system: You are a helpful assistant.
user:
Analyze the provided spectrum to determine if it is a **M-type Giant (gM)**.

A M-type Giant spectrum is defined by its **strong molecular absorption** features, particularly from **Titanium Oxide (TiO)**. You must check for one of the following mutually exclusive signatures:

- **Key Visual Indicators (Absorption-Dominated Spectrum):**

    - **(Primary):** The spectrum is dominated by strong molecular absorption from **Titanium Oxide (TiO)**. This is the **defining feature** of its M-type temperature class.
        - **(Key Bandheads):** Look for sharp, "saw-tooth" absorption valleys. The strongest are located near **~7050 Å**, **~6160 Å**, and **~5170 Å**.
        - **(Line Profile):** The "saw-tooth" morphology is critical: a **sharp, steep drop on the BLUE (short-wavelength) side** of the bandhead, followed by a gradual recovery (rising flux) towards the RED (long-wavelength) side.

    - **(Key Confirmation - Giant vs. Dwarf):** **ABSENCE** of strong **Calcium Hydride (CaH)** molecular bands. This is the primary diagnostic for *excluding* M-dwarfs.
        - **(Key Region):** The spectrum should lack the strong, broad absorption band seen in dwarfs between **~6800 Å and ~7000 Å**.

    - **(Secondary Confirmation - Giant):** A very strong and broad **Neutral Calcium (Ca I)** atomic absorption line.
        - **(Key Line):** Located at **~4226 Å**. In a giant (gM), this line is significantly deeper and broader than the same line in an M-dwarf (dM) due to low surface gravity.

    - **(Overall Spectrum):**
        - The continuum is **extremely red-sloping** (i.e., flux is very low in the blue and rises dramatically towards the red).
        - The entire spectrum appears "chopped up" by the deep TiO bands.

Think first, call **spectral_visualization_tool** if needed to examine features in detail, then provide your final answer. Your response must adhere to the following strict rules:
1.  **Overall Structure:** Your response must follow the format `<think>...</think> <tool_call>...</tool_call> (if a tool is used) <answer>...</answer>`.
2.  **Tool Usage Constraint:** You may only make **one** tool call per turn.
3.  **Final Answer Format:** In the `<answer>` tag, your conclusion must be inside a `\boxed{}` command (e.g., `\boxed{YES}` or `\boxed{NO}`), followed by your justification.

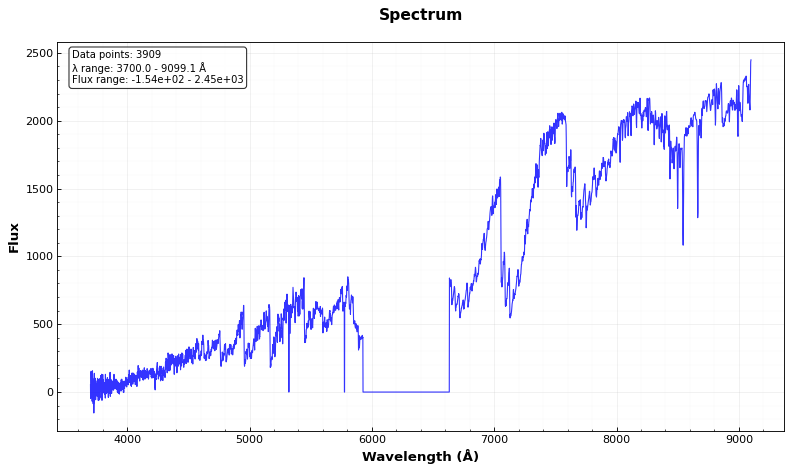
Answer: YES